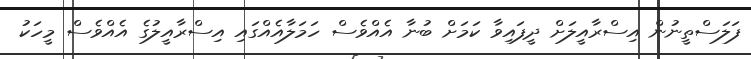
ފަލަސްތީނުން އިސްރާއީލަށް ދީފައިވާ ކަމަށް ބުނާ އެއްވެސް ހަމަލާއެއްގައި އިސްރާއީލުގެ އެއްވެސް މީހަކު